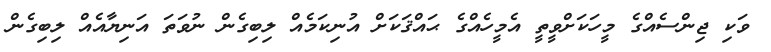
ވަކި ޖިންސެއްގެ މީހަކަށްވީތީ އެމީހެއްގެ ޙައްޤަކަށް އުނިކަމެއް ލިބިގެން ނުވަތަ އަނިޔާއެއް ލިބިގެން